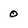
Character: 0